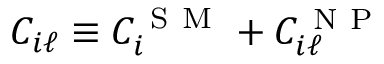
C _ { i \ell } \equiv C _ { i } ^ { \mathrm { ~ S ~ M ~ } } + C _ { i \ell } ^ { \mathrm { ~ N ~ P ~ } }